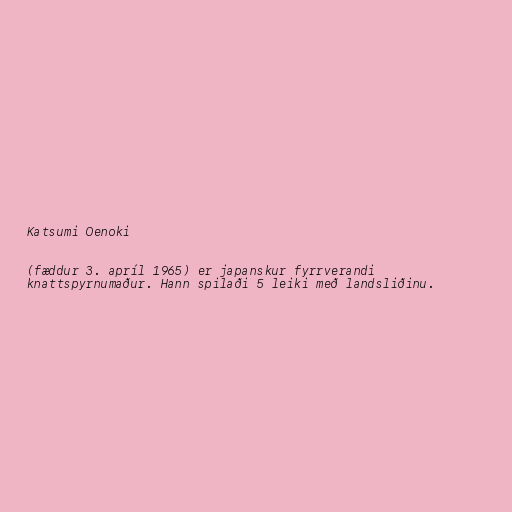
Katsumi Oenoki

(fæddur 3. apríl 1965) er japanskur fyrrverandi
knattspyrnumaður. Hann spilaði 5 leiki með landsliðinu.